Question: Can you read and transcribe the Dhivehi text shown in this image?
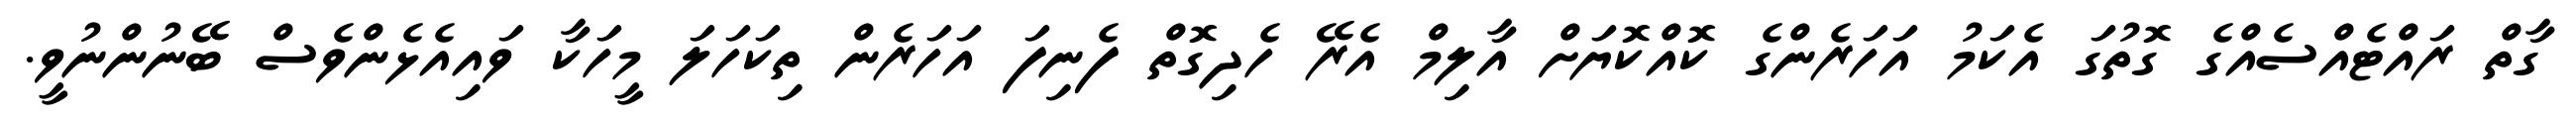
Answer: ގާތް ރައްޓެއްސެއްގެ ގޮތުގަ އެކަމު އަހަރެންގެ ކޮއްކޮޔަށް އާލިމް އެރޭ ހެދިގޮތް ފެނިފަ އަހަރެން ތިކަހަލަ މީހަކާ ވައިއެޅެންވެސް ބޭނުންނުވީ.